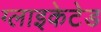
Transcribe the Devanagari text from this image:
ग्लाइकेटेड